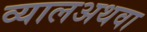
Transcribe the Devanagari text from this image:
व्यालअथवा